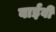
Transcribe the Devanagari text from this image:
वाईवी